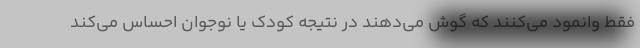
فقط وانمود می‌کنند که گوش می‌دهند در نتیجه کودک یا نوجوان احساس می‌کند